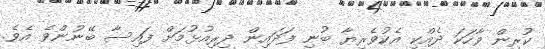
ކުރިން ވާހަކަ ދެއްކި އެކުވެރިޔާ ބުނި ފަދައިން ދިރިއުޅުމަށް ފައިސާ ބޭނުންވެ އެވެ.